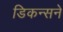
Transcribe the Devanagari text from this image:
डिकन्सने